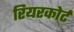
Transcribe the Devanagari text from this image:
रियरकोर्ट